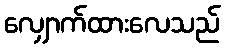
လျှောက်ထားလေသည်